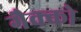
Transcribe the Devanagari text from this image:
गैक्को